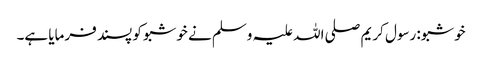
خوشبو: رسول کریم صلی اللہ علیہ وسلم نے خوشبو کو پسند فرمایا ہے۔